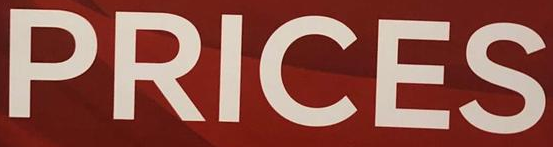
PRICES